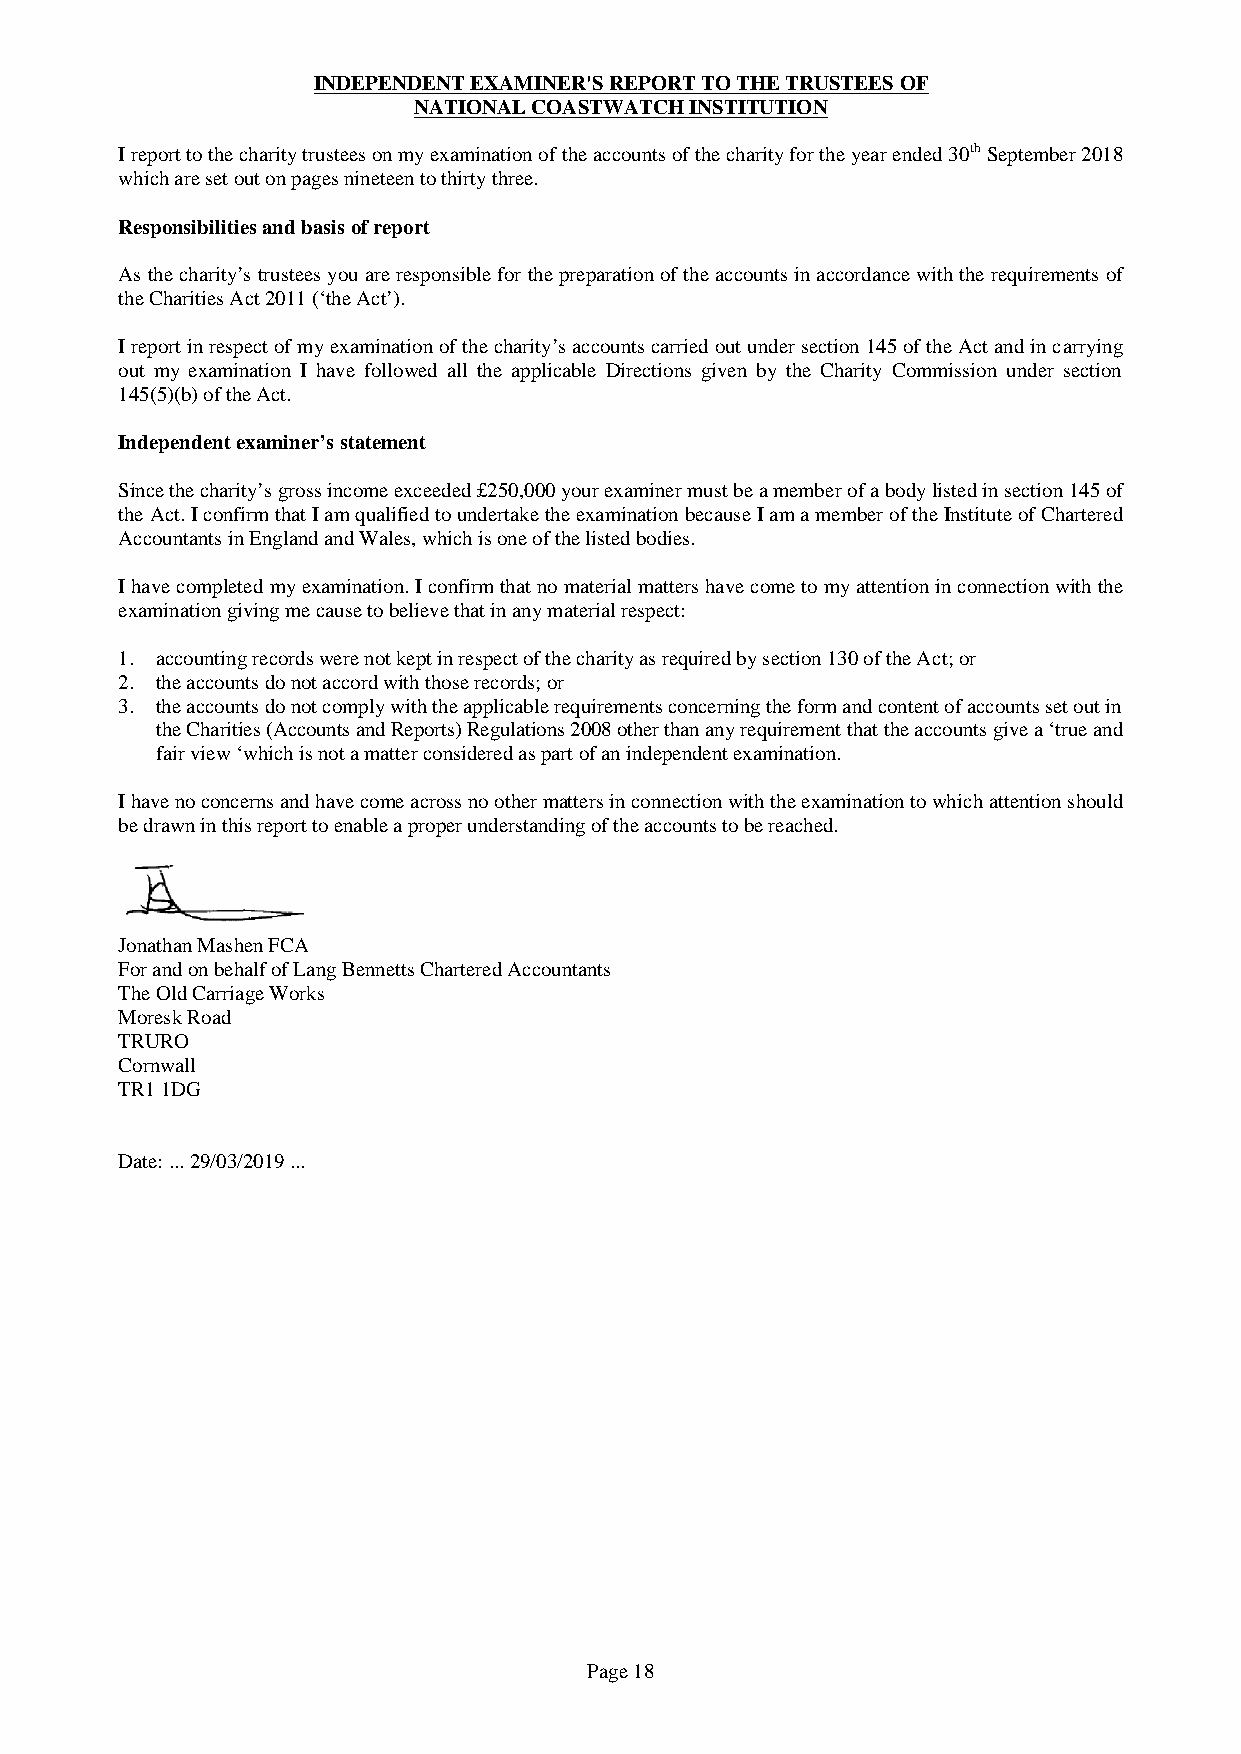
INDEPENDENT EXAMINER'S REPORT TO THE TRUSTEES OF
 NATIONAL COASTWATCH INSTITUTION
 I report to the charity trustees on my examination of the accounts of the charity for the year ended 30th September 2018
 which are set out on pages nineteen to thirty three.
 Responsibilities and basis of report
 As the charity’s trustees you are responsible for the preparation of the accounts in accordance with the requirements of
 the Charities Act 2011 (‘the Act’).
 I report in respect of my examination of the charity’s accounts carried out under section 145 of the Act and in carrying
 out my examination I have followed all the applicable Directions given by the Charity Commission under section
 145(5)(b) of the Act.
 Independent examiner’s statement
 Since the charity’s gross income exceeded £250,000 your examiner must be a member of a body listed in section 145 of
 the Act. I confirm that I am qualified to undertake the examination because I am a member of the Institute of Chartered
 Accountants in England and Wales, which is one of the listed bodies.
 I have completed my examination. I confirm that no material matters have come to my attention in connection with the
 examination giving me cause to believe that in any material respect:
 1. accounting records were not kept in respect of the charity as required by section 130 of the Act; or
 2. the accounts do not accord with those records; or
 3. the accounts do not comply with the applicable requirements concerning the form and content of accounts set out in
 the Charities (Accounts and Reports) Regulations 2008 other than any requirement that the accounts give a ‘true and
 fair view ‘which is not a matter considered as part of an independent examination.
 I have no concerns and have come across no other matters in connection with the examination to which attention should
 be drawn in this report to enable a proper understanding of the accounts to be reached.
 Jonathan Mashen FCA
 For and on behalf of Lang Bennetts Chartered Accountants
 The Old Carriage Works
 Moresk Road
 TRURO
 Cornwall
 TR1 1DG
 Date: ... 29/03/2019 ...
 Page 18